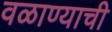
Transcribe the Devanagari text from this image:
वळाण्याची